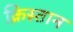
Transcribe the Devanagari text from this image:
क्रिस्तान